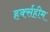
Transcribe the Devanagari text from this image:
हर्क्सहीम